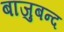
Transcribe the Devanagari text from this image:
बाजुबन्द